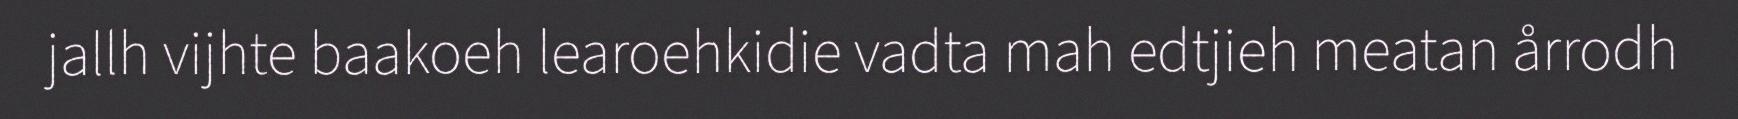
jallh vijhte baakoeh learoehkidie vadta mah edtjieh meatan årrodh